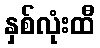
နှစ်လုံးထီ